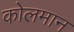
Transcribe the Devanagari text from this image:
कोलमान